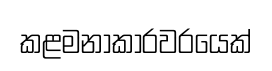
කළමනාකාරවරයෙක්